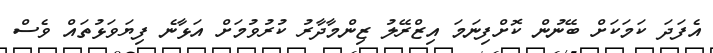
އެފަދަ ކަމަކަށް ބޭނުން ކޮށްފިނަމަ އިޒްރޭލު ޒިންމާދާރު ކުރުވުމަށް އަޅާނެ ފިޔަވަޅުތައް ވެސް